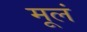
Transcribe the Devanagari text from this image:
मूलं